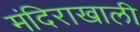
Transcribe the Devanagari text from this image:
मंदिराखाली